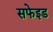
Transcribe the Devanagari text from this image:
सफेइड